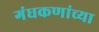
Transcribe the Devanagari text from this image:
गंधकणांच्या